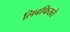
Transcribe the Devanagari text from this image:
लिबफिख्ते